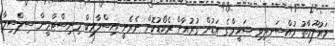
މައުލޫމާތު މުއްސަނދިވި ޝަހީމްގެ އަޑުން ގުރުުއާން ރެކޯޑުކޮށް ނެރެނީ އިސްލާމިކް މިނިސްޓްރީން ސިލްސިލާ